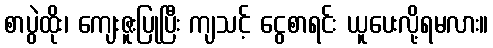
စာပွဲထိုး၊ ကျေးဇူးပြုပြီး ကျသင့် ငွေစာရင်း ယူပေးလို့ရမလား။